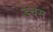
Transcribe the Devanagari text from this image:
डचस